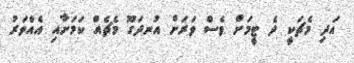
އަދި މެޗަކީ ދެ ޓީމަށް ވެސް ވަރަށް އުނދަގޫ މެޗެއް ކަމަށާއި އެއްވަރު